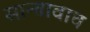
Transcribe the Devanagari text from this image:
सान्तावाच